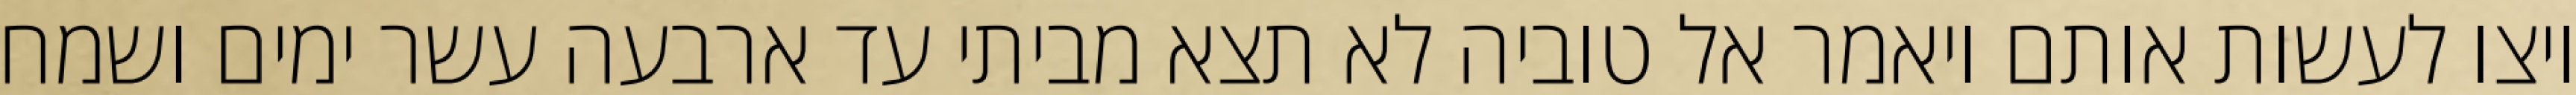
ויצו לעשות אותם ויאמר אל טוביה לא תצא מביתי עד ארבעה עשר ימים ושמח